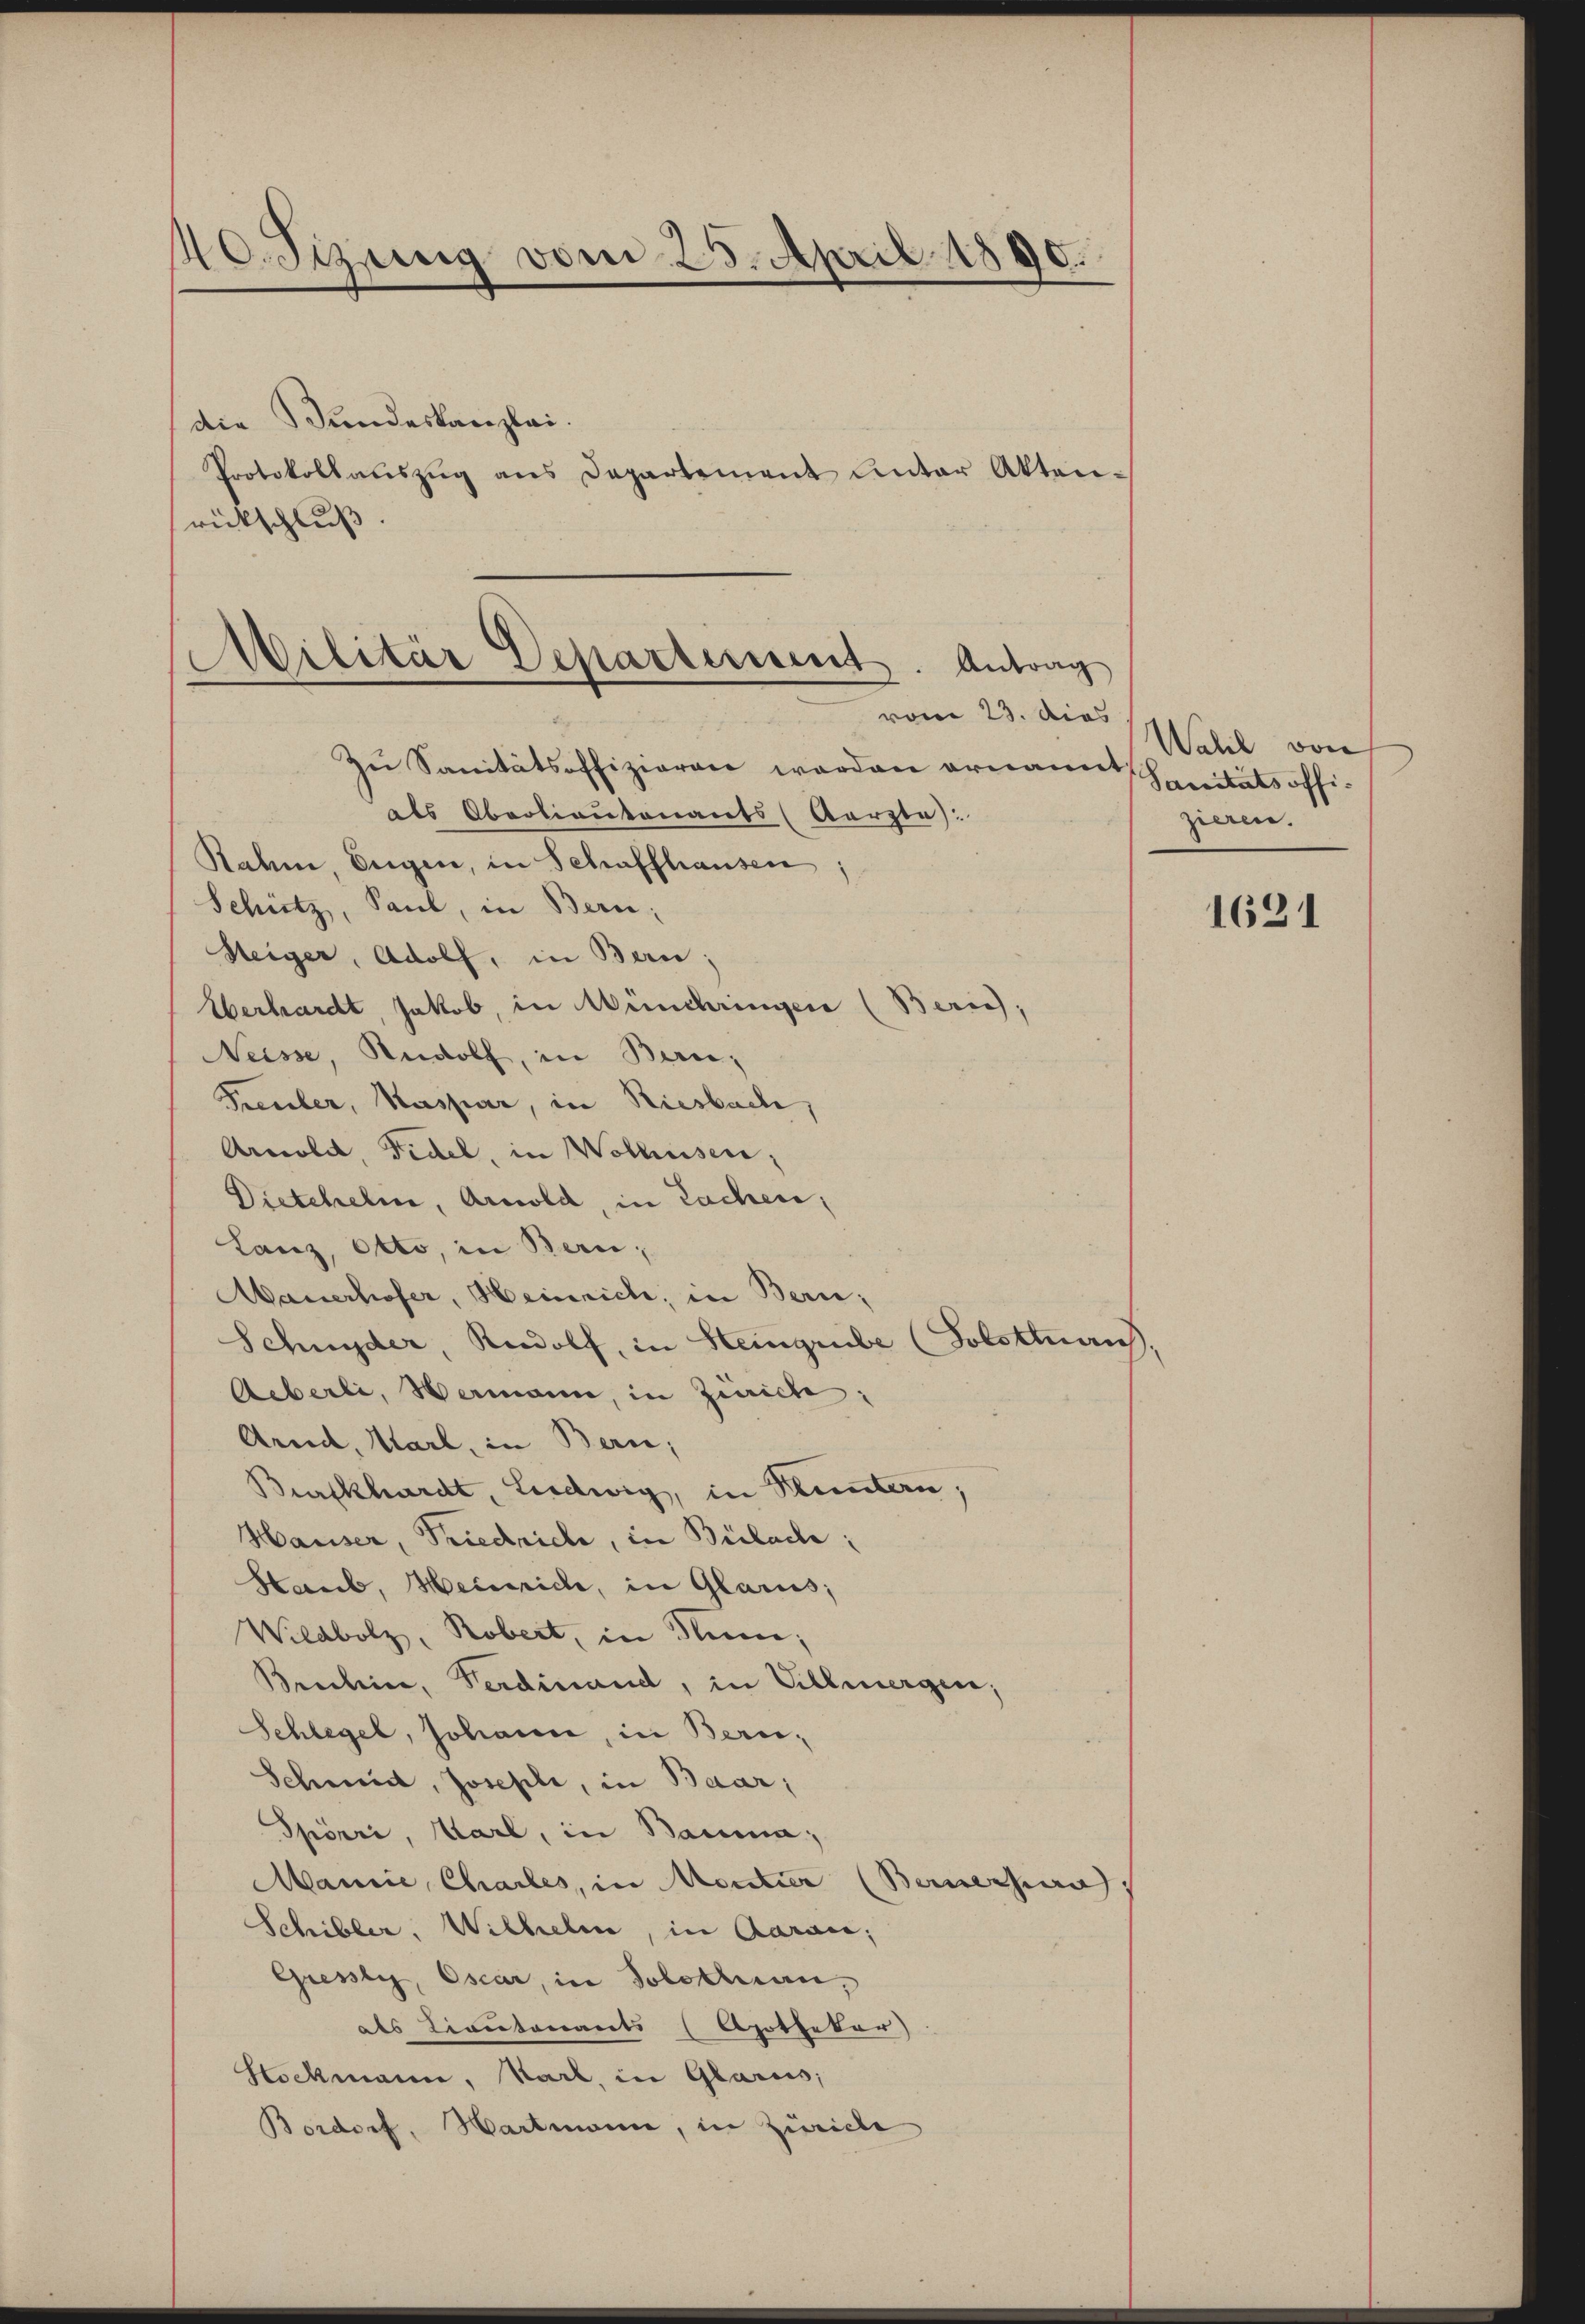
40. Sizung vom 25. April 1890.

die Bundeskanzlei.
rütschluß

Zu Sanitätsoffizieren worden orname Sanitätsoffials Oberlieutenants (Aarzta):
Rahme Eigen, in Schaffhausen
Schütz, Paul, in Bern;
Steiger, Adolf, in Bern;
Überhardt, Jakob, in Wünchringen (Zürich,
Neisse, Rudolf, in Bern,
Feuler, Kaspar, in Riesbach,
Arnold, Fidel, in Wolhusen;
Dietchelm, Arnold, in Lachen,
Lanz, Otto, in Bern;
Mauerhofer, Heinrich, in Bern,
Schnyder, Rudolf, in Steingrube (Solstan
Aeberli, Wermann, in Zürich:
Ared, Karl, in Bern;
Burckhardt, Ludwig, in Bluntern;
Hauser, Friedrich, in Bülach:
Haub, Heinrich, in Glarus;
Wildbolz, Robert, in Num;
Bridlin, Ferdinand, in Villmergen,
Schlegel, Johann, in Beru¬
Schmid, Josephi, in Baar,
Spörri, Karl, in Bauma,
Mannie, Charles, in Mentier (Bernerhaus
Schiller, Wilhelm, in Aarau,
Gresly, Oscar, in Solothurn,
als Lieutenants (Apothekar)
Stockmann, Karl, in Glarus,
Bordorf, Hartmann, in Zürich

Protokollatszŭg ans Departement unter Akten.

Militär Departement. Antrag
vom 23. dies

Wahl von
zieren.

1621